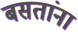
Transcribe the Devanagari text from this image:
बसतांना